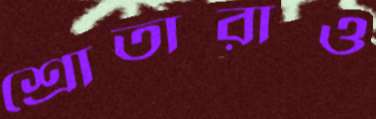
শ্রোতারাও